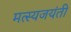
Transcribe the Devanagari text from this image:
मत्स्यजयंती